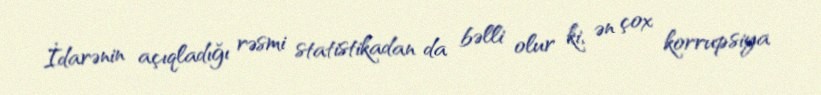
İdarənin açıqladığı rəsmi statistikadan da bəlli olur ki, ən çox korrupsiya